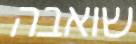
שואבה